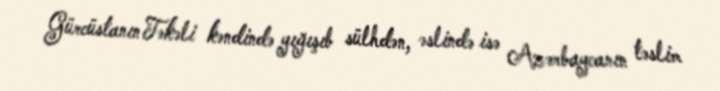
Gürcüstanın Təkəli kəndində yığışıb sülhdən, əslində isə Azərbaycanın təslim